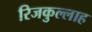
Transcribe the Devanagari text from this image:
रिजकुल्लाह